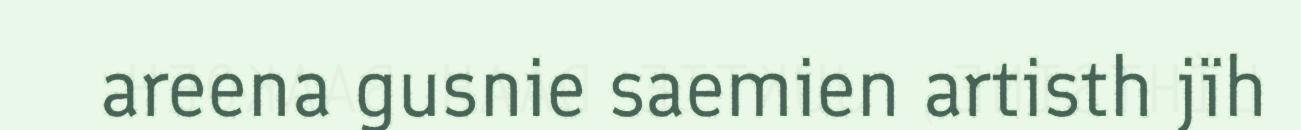
areena gusnie saemien artisth jïh